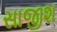
સાજીશ